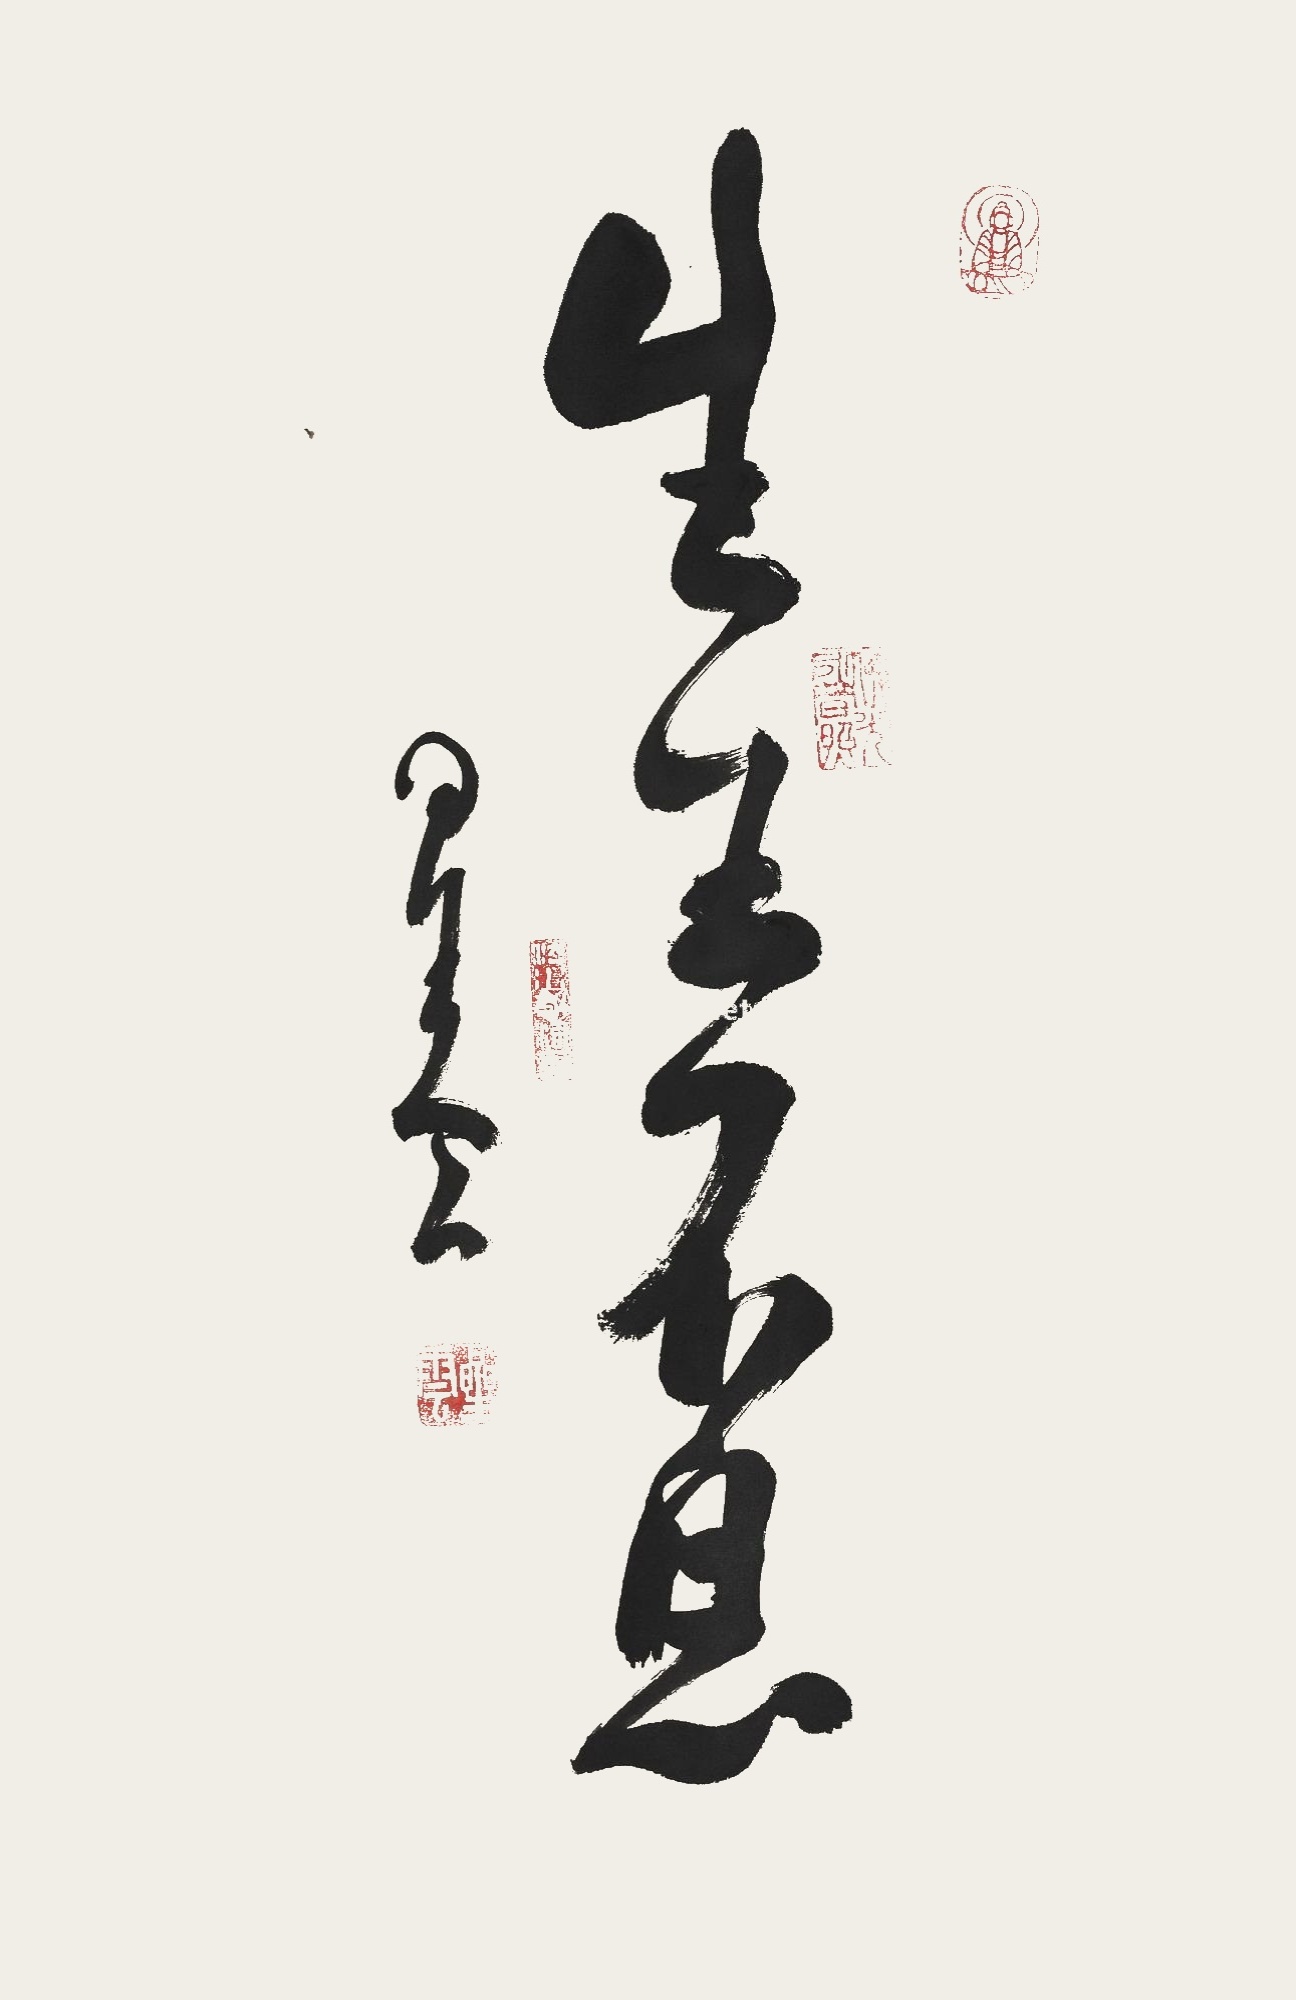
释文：生生不息星云。